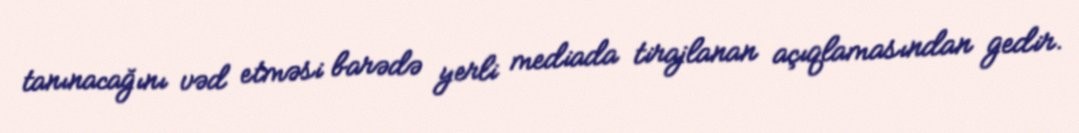
tanınacağını vəd etməsi barədə yerli mediada tirajlanan açıqlamasından gedir.